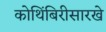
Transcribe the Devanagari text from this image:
कोथिंबिरीसारखे